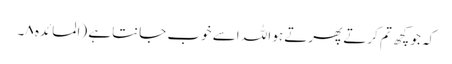
کہ جو کچھ تم کرتے پھرتے ہو اللہ اسے خوب جانتا ہے (المائدہ ۸۔